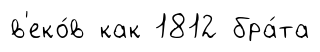
в'еко́в как 1812 бра́та